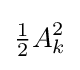
{\tfrac {1}{2}}A_{k}^{2}